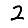
Digit: 2